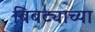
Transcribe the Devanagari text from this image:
बिबट्याच्या